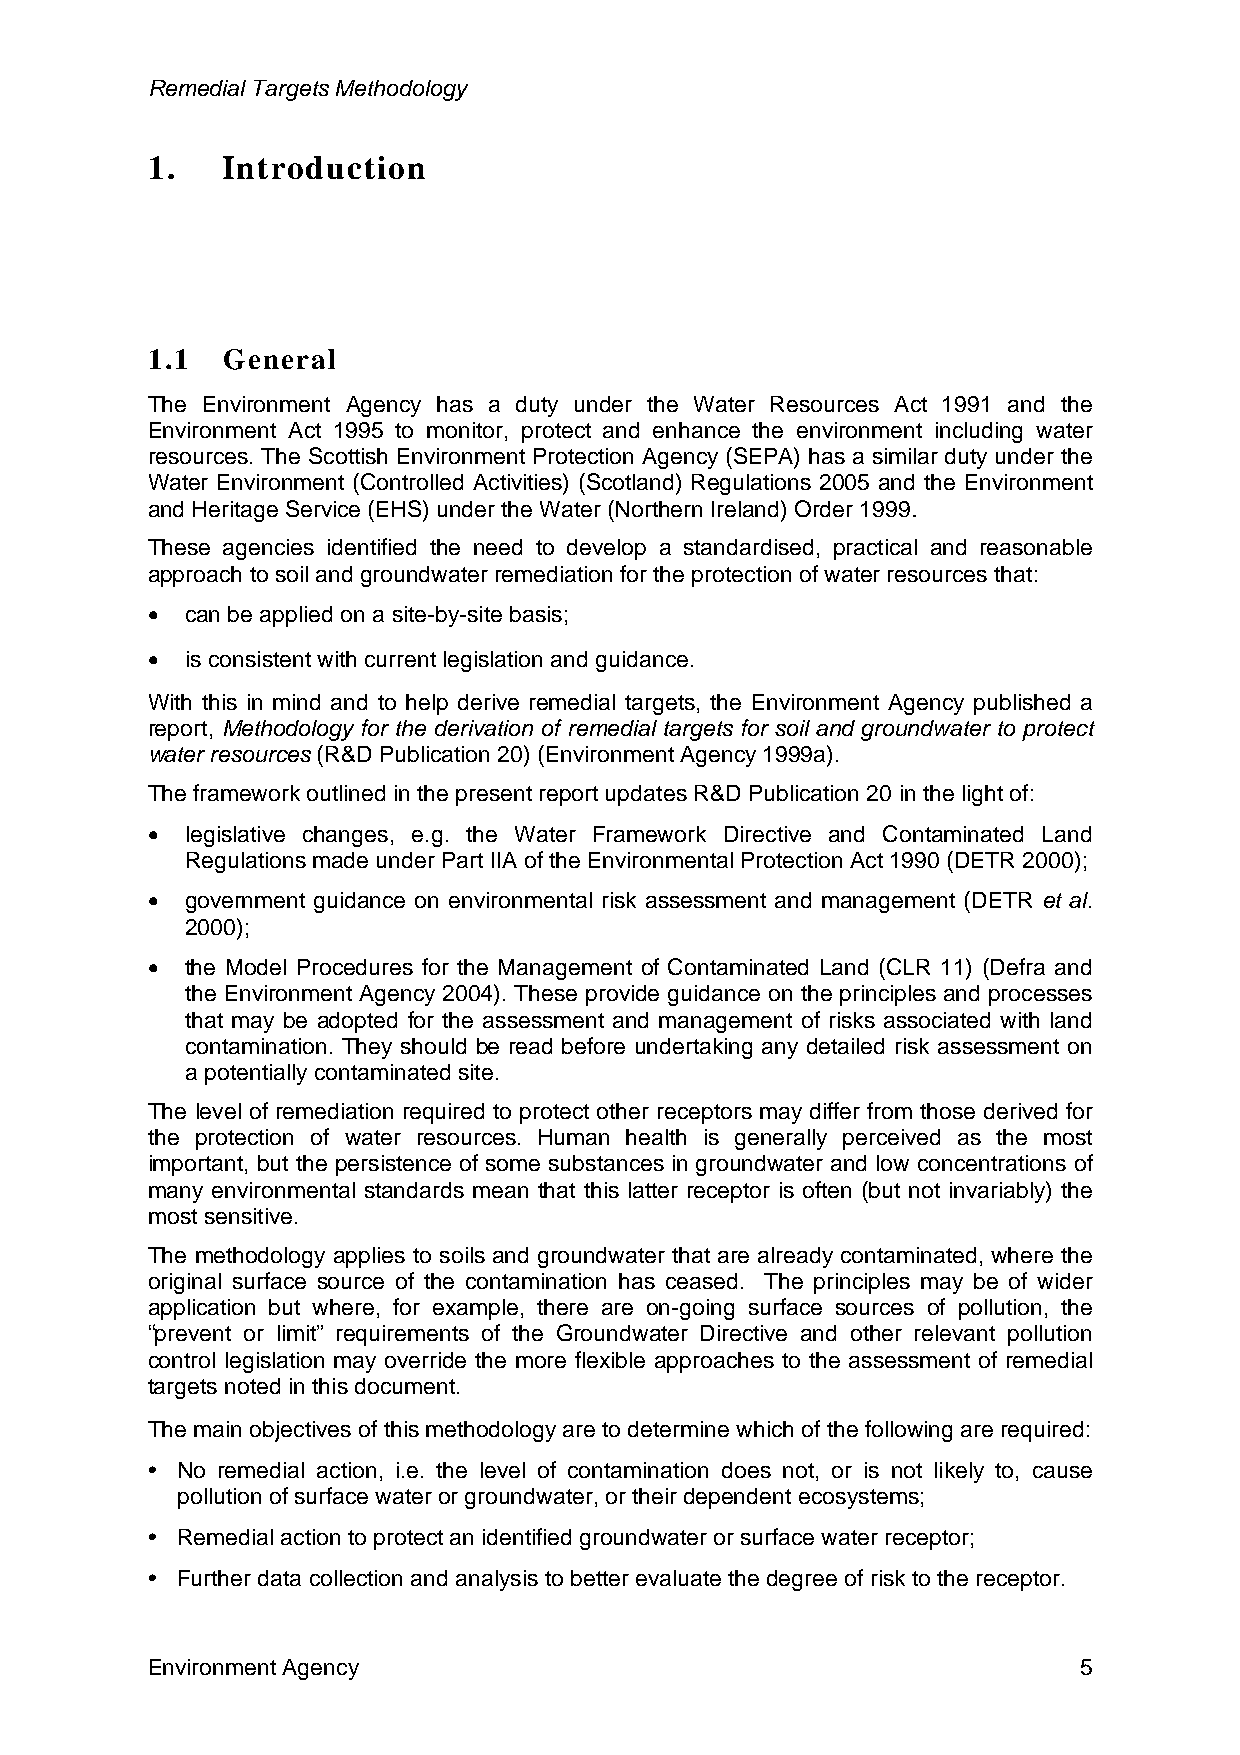
Remedial Targets Methodology
 1.   Introduction
 1.1  General
 The Environment Agency has a duty under the Water Resources Act 1991 and the
 Environment Act 1995 to monitor, protect and enhance the environment including water
 resources. The Scottish Environment Protection Agency (SEPA) has a similar duty under the
 Water Environment (Controlled Activities) (Scotland) Regulations 2005 and the Environment
 and Heritage Service (EHS) under the Water (Northern Ireland) Order 1999.
 These agencies identified the need to develop a standardised, practical and reasonable
 approach to soil and groundwater remediation for the protection of water resources that:
 • can be applied on a site-by-site basis;
 • is consistent with current legislation and guidance.
 With this in mind and to help derive remedial targets, the Environment Agency published a
 report, Methodology for the derivation of remedial targets for soil and groundwater to protect
 water resources (R&D Publication 20) (Environment Agency 1999a).
 The framework outlined in the present report updates R&D Publication 20 in the light of:
 • legislative changes, e.g. the Water Framework Directive and Contaminated Land
 Regulations made under Part IIA of the Environmental Protection Act 1990 (DETR 2000);
 • government guidance on environmental risk assessment and management (DETR et al.
 2000);
 • the Model Procedures for the Management of Contaminated Land (CLR 11) (Defra and
 the Environment Agency 2004). These provide guidance on the principles and processes
 that may be adopted for the assessment and management of risks associated with land
 contamination. They should be read before undertaking any detailed risk assessment on
 a potentially contaminated site.
 The level of remediation required to protect other receptors may differ from those derived for
 the protection of water resources. Human health is generally perceived as the most
 important, but the persistence of some substances in groundwater and low concentrations of
 many environmental standards mean that this latter receptor is often (but not invariably) the
 most sensitive.
 The methodology applies to soils and groundwater that are already contaminated, where the
 original surface source of the contamination has ceased. The principles may be of wider
 application but where, for example, there are on-going surface sources of pollution, the
 “prevent or limit” requirements of the Groundwater Directive and other relevant pollution
 control legislation may override the more flexible approaches to the assessment of remedial
 targets noted in this document.
 The main objectives of this methodology are to determine which of the following are required:
 • No remedial action, i.e. the level of contamination does not, or is not likely to, cause
 pollution of surface water or groundwater, or their dependent ecosystems;
 • Remedial action to protect an identified groundwater or surface water receptor;
 • Further data collection and analysis to better evaluate the degree of risk to the receptor.
 Environment Agency                                            5